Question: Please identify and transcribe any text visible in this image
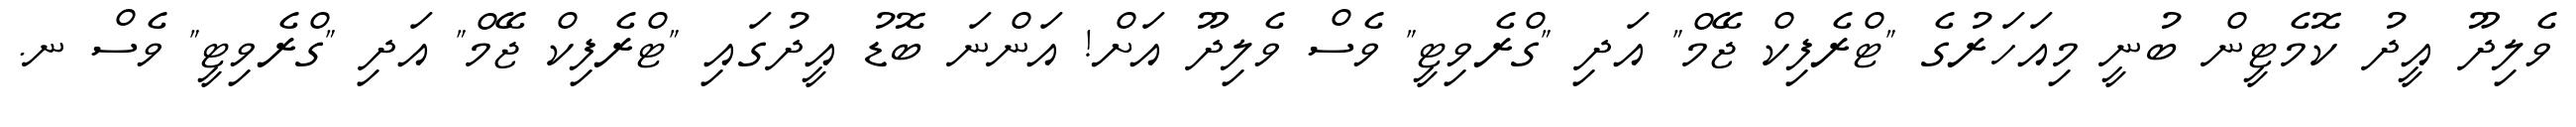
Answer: ވެލިދޫ އީދު ކޮމެޓީން ބުނީ މިއަހަރުގެ "ޓްރެފިކް ޖޭމް" އަދި "ގްރެވިޓީ" ވެސް ވެލިދޫ އަށް! އަންނަ ބޮޑު އީދުގައި "ޓްރެފިކް ޖޭމް" އަދި "ގްރެވިޓީ" ވެސް ނ.